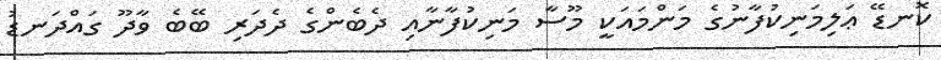
ކޮނޑޭ ޢަލިމަނިކުފާނުގެ މަންމައަކީ މޫސާ މަނިކުފާނާއި ދެބެންގެ ދެދަރި ބޭބެ ވާދޫ ގައްދަނޑު